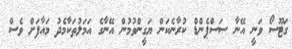
ގަޓޫސޯ ވަނީ އޭނާ ސަސްޕެންޑް ކުރާނެކަން ޔަގީންވުމުން އޭނާގެ އަމަލުތަކާމެދު މައާފަށް ވެސް